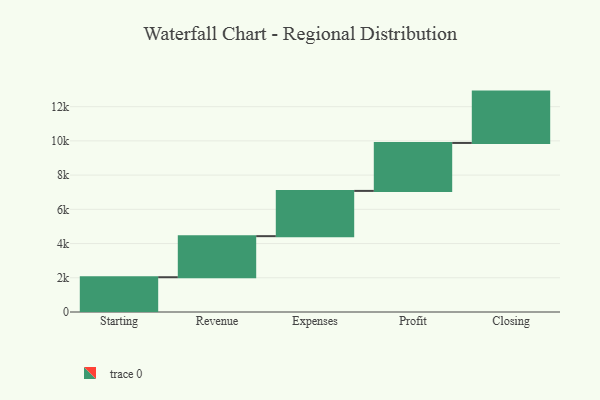
{"axis": {"x": "Step", "y": "Value"}, "legend": [""], "data": [{"x": "Starting", "y": 2032.0, "type": ""}, {"x": "Revenue", "y": 2400.0, "type": ""}, {"x": "Expenses", "y": 2645.0, "type": ""}, {"x": "Profit", "y": 2803.0, "type": ""}, {"x": "Closing", "y": 3000, "type": ""}]}